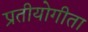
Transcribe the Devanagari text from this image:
प्रतीयोगीता